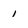
Character: I